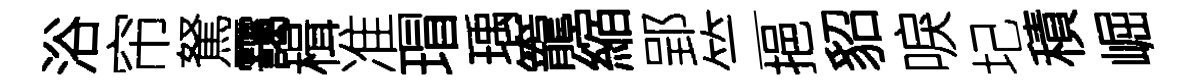
浴帘駑靄楫准瑁瑀籠縮郢竺挹貂唳圮積崛